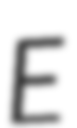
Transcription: E